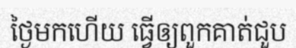
ថ្ងៃមកហើយ ធ្វើឲ្យពួកគាត់ជួប